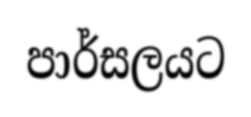
පාර්සලයට